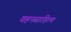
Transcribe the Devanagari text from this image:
वहनसाहित्य